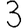
Digit: 3